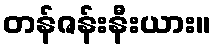
တန်ဇန်းနီးယား။